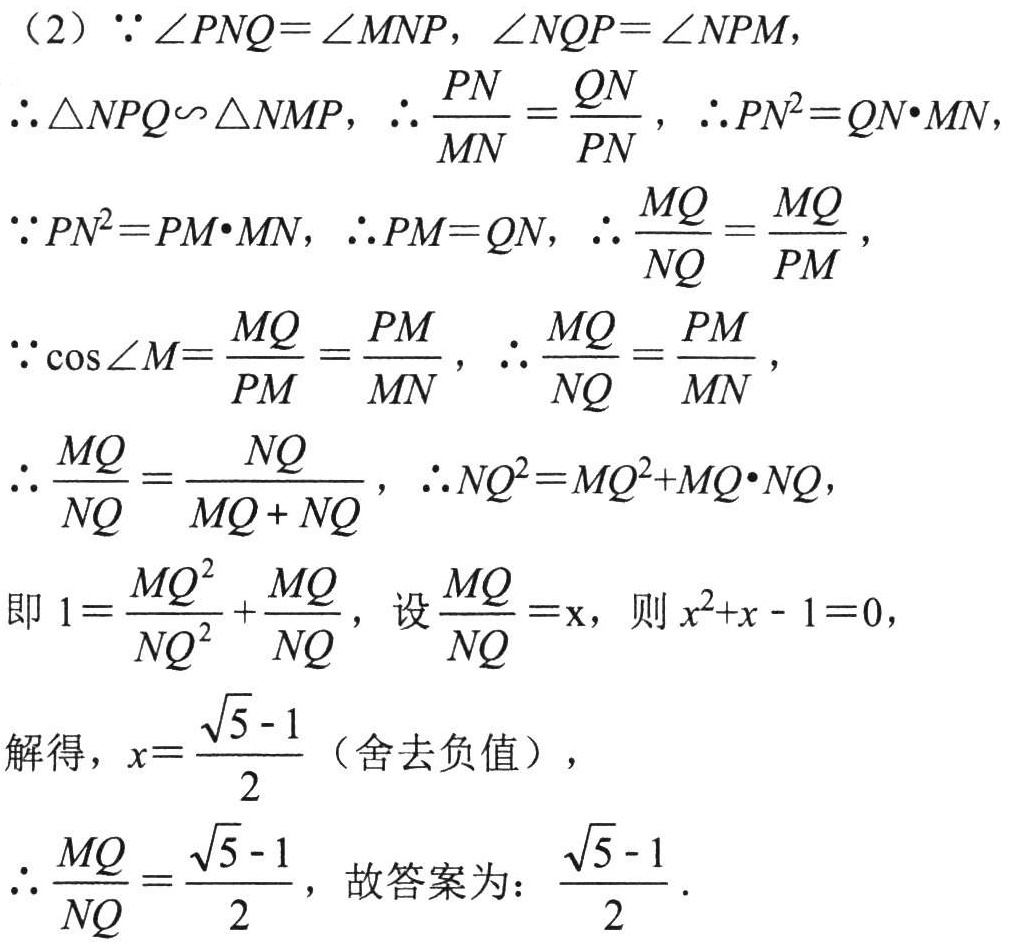
（2）\(\because \angle PNQ = \angle MNP\)，\(\angle NQP = \angle NPM\)，

\(\therefore \triangle NPQ\sim \triangle NMP\)，\(\therefore \frac{PN}{MN}=\frac{QN}{PN}\)，\(\therefore PN^{2}=QN\cdot MN\)，

\(\because PN^{2}=PM\cdot MN\)，\(\therefore PM = QN\)，\(\therefore \frac{MQ}{NQ}=\frac{MQ}{PM}\)，

\(\because \cos\angle M=\frac{MQ}{PM}=\frac{PM}{MN}\)，\(\therefore \frac{MQ}{NQ}=\frac{PM}{MN}\)，

\(\therefore \frac{MQ}{NQ}=\frac{NQ}{MQ + NQ}\)，\(\therefore NQ^{2}=MQ^{2}+MQ\cdot NQ\)，

即\(1=\frac{MQ^{2}}{NQ^{2}}+\frac{MQ}{NQ}\)，设\(\frac{MQ}{NQ}=x\)，则\(x^{2}+x - 1 = 0\)，

解得，\(x = \frac{\sqrt{5}-1}{2}\)（舍去负值），

\(\therefore \frac{MQ}{NQ}=\frac{\sqrt{5}-1}{2}\)，故答案为：\(\frac{\sqrt{5}-1}{2}\)．